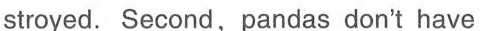
stroyed. Second, pandas don't have